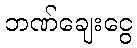
ဘဏ်ချေးငွေ